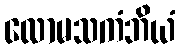
လောမသကံဘိယံ